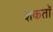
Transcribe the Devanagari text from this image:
शकतॉ